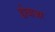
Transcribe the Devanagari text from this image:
डोवाजर